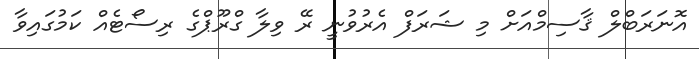
އޮނަރަބްލް ޤާސިމްއަށް މި ޝަރަފް އެރުވުނީ ރޭ ވިލާ ގްރޫޕްގެ ރިސޯޓެއް ކަމުގައިވާ